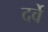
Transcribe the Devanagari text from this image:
दर्वे